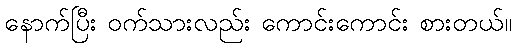
နောက်ပြီး ဝက်သားလည်း ကောင်းကောင်း စားတယ်။